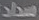
سداد